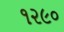
૧૨૯૦